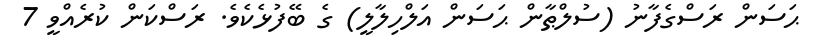
ޙަސަން ރަސްގެފާނު (ސުލްޠާން ޙަސަން އަލްހިލާލީ) ގެ ބޭފުޅެކެވެ. ރަސްކަން ކުރެއްވީ 7